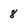
Character: 8